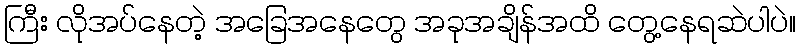
ကြီး လိုအပ်နေတဲ့ အခြေအနေတွေ အခုအချိန်အထိ တွေ့နေရဆဲပါပဲ။